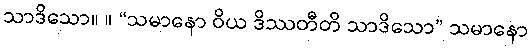
သာဒိသော။ ။ “သမာနော ဝိယ ဒိဿတီတိ သာဒိသော” သမာနော